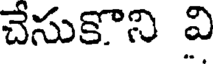
చేసుకొని వి